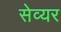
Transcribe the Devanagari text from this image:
सेव्यर